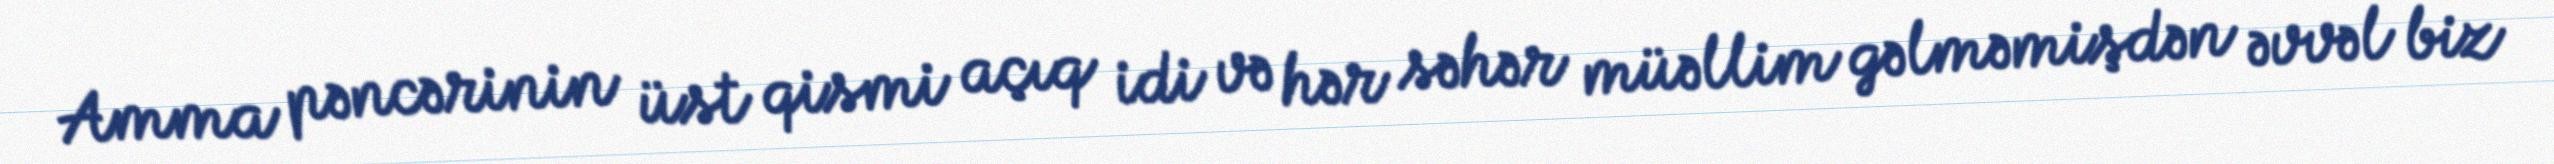
Amma pəncərinin üst qismi açıq idi və hər səhər müəllim gəlməmişdən əvvəl biz